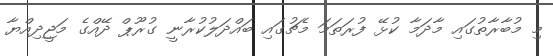
މި މުބާރާތުގައި މާދަމާ ކުޅޭ ފުރަތަމަ މެޗުގައި ބައްދަލުކުރާނީ ގުރޫޕް ދޭއްގެ މަޖީދިއްޔާ